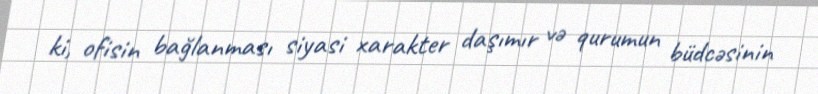
ki, ofisin bağlanması siyasi xarakter daşımır və qurumun büdcəsinin